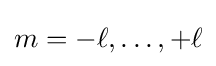
m=-\ell ,\ldots ,+\ell